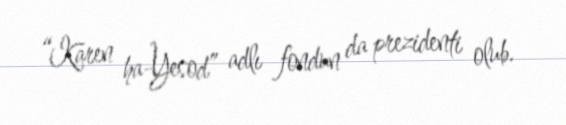
“Karen ha-Yesod” adlı fondun da prezidenti olub.